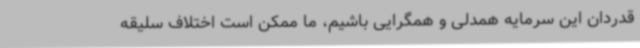
قدردان این سرمایه همدلی و همگرایی باشیم، ما ممکن است اختلاف سلیقه